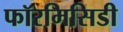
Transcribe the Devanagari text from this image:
फॉरमिसिडी